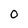
Character: O